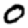
Digit: 0